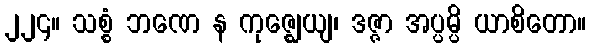
၂၂၄။ သစ္စံ ဘဏေ န ကုဇ္ဈေယျ၊ ဒဇ္ဇာ အပ္ပမ္ပိ ယာစိတော။